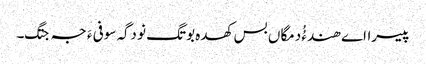
پیسرااے ھندءُُ دمگاں بس کھدہ بوتگ نو دگہ سوفی ءَ جہ جتگ۔